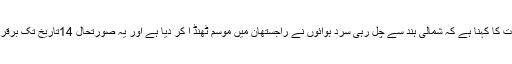
ماہر موسمیات کا کہنا ہے کہ شمالی ہند سے چل رہی سرد ہوائوں نے راجستھان میں موسم ٹھنڈ ا کر دیا ہے اور یہ صورتحال 14تاریخ تک برقرار رہے گی۔